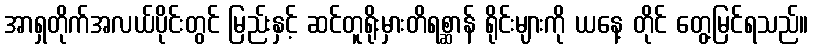
အာရှတိုက်အလယ်ပိုင်းတွင် မြည်းနှင့် ဆင်တူရိုးမှားတိရစ္ဆာန် ရိုင်းများကို ယနေ့ တိုင် တွေ့မြင်ရသည်။